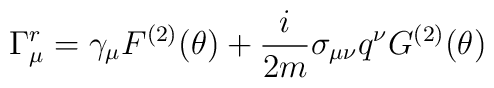
\Gamma _{\mu }^{r}=\gamma _{\mu }F^{(2)}(\theta )+\frac{i}{2m}\sigma _{\mu\nu }q^{\nu }G^{(2)}(\theta )